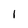
Character: I